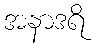
အနာဒရိ